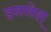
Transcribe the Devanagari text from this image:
इससेश्